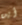
أين